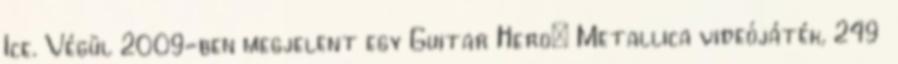
Ice. Végül 2009-ben megjelent egy Guitar Hero: Metallica videójáték, 249